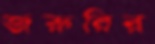
জরুরির